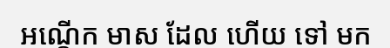
អណ្តើក មាស ដែល ហើយ ទៅ មក